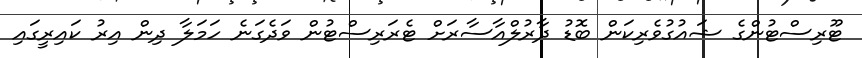
ޓޫރިސްޓުންގެ ޝައުގުވެރިކަން ބޮޑު ދާރުލްއާސާރަށް ޓެރަރިސްޓުން ވަދެގަނެ ހަމަލާ ދިން އިރު ކައިރީގައި